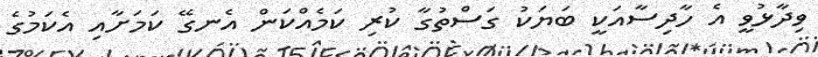
ވިދާޅުވީ އެ ހާދިސާއަކީ ބަޔަކު ގަސްތުގާ ކުރި ކަމެއްކަން އެނގޭ ކަމަށާއި އެކަމުގެ